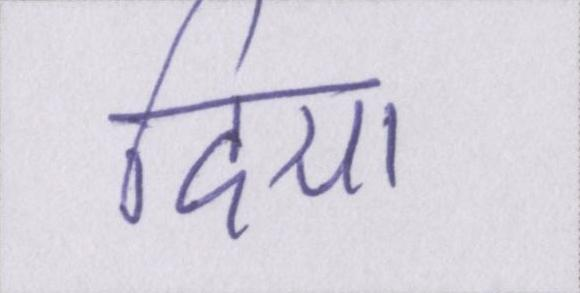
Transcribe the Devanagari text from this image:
दिया